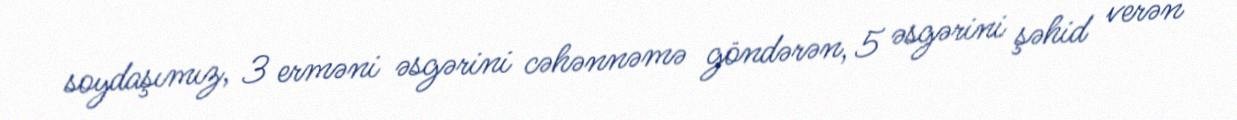
soydaşımız, 3 erməni əsgərini cəhənnəmə göndərən, 5 əsgərini şəhid verən